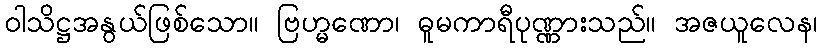
ဝါသိဋ္ဌအနွယ်ဖြစ်သော။ ဗြဟ္မဏော၊ ဓူမကာရီပုဏ္ဏားသည်။ အဇယူလေန၊